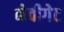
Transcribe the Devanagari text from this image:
नेवीगेट